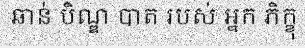
ឆាន់ បិណ្ឌ បាត របស់ អ្នក ភិក្ខុ